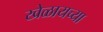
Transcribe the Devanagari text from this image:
खेळायच्या